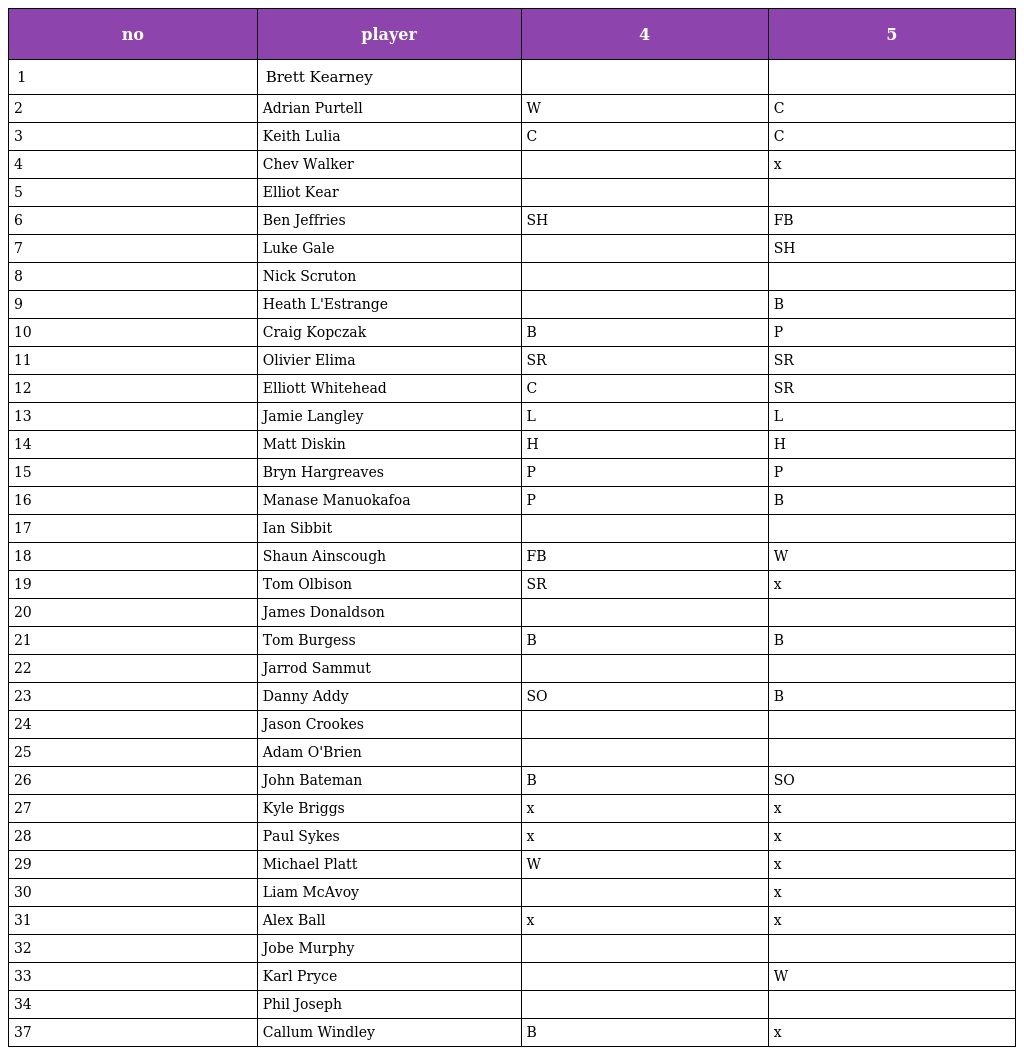
| no | player | 4 | 5 |
 | --- | --- | --- | --- |
 | 1 | Brett Kearney |  |  |
 | 2 | Adrian Purtell | W | C |
 | 3 | Keith Lulia | C | C |
 | 4 | Chev Walker |  | x |
 | 5 | Elliot Kear |  |  |
 | 6 | Ben Jeffries | SH | FB |
 | 7 | Luke Gale |  | SH |
 | 8 | Nick Scruton |  |  |
 | 9 | Heath L'Estrange |  | B |
 | 10 | Craig Kopczak | B | P |
 | 11 | Olivier Elima | SR | SR |
 | 12 | Elliott Whitehead | C | SR |
 | 13 | Jamie Langley | L | L |
 | 14 | Matt Diskin | H | H |
 | 15 | Bryn Hargreaves | P | P |
 | 16 | Manase Manuokafoa | P | B |
 | 17 | Ian Sibbit |  |  |
 | 18 | Shaun Ainscough | FB | W |
 | 19 | Tom Olbison | SR | x |
 | 20 | James Donaldson |  |  |
 | 21 | Tom Burgess | B | B |
 | 22 | Jarrod Sammut |  |  |
 | 23 | Danny Addy | SO | B |
 | 24 | Jason Crookes |  |  |
 | 25 | Adam O'Brien |  |  |
 | 26 | John Bateman | B | SO |
 | 27 | Kyle Briggs | x | x |
 | 28 | Paul Sykes | x | x |
 | 29 | Michael Platt | W | x |
 | 30 | Liam McAvoy |  | x |
 | 31 | Alex Ball | x | x |
 | 32 | Jobe Murphy |  |  |
 | 33 | Karl Pryce |  | W |
 | 34 | Phil Joseph |  |  |
 | 37 | Callum Windley | B | x |